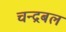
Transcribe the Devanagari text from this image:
चन्द्रबल